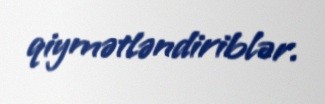
qiymətləndiriblər.